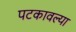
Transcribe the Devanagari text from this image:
पटकावल्या